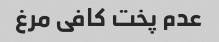
عدم پخت کافی مرغ